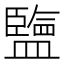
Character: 𥃆